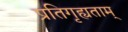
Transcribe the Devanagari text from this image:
प्रतिगृह्यताम्